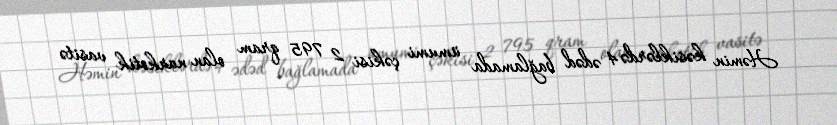
Həmin kəsiklərdə 4 ədəd bağlamada ümumi çəkisi 2 795 qram olan narkotik vasitə